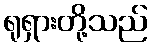
ရုရှားတို့သည်